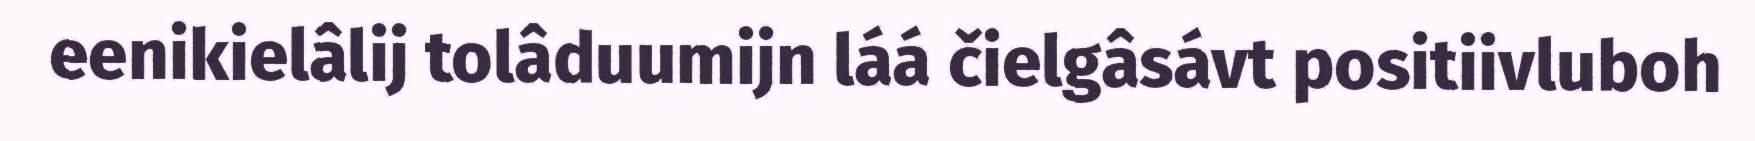
eenikielâlij tolâduumijn láá čielgâsávt positiivluboh